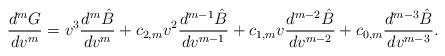
LaTeX: \begin{align*} \frac{d^mG}{dv^m}=v^3\frac{d^m\hat{B}}{dv^m}+c_{2,m}v^2\frac{d^{m-1}\hat{B}}{dv^{m-1}}+c_{1,m}v\frac{d^{m-2}\hat{B}}{dv^{m-2}}+c_{0,m}\frac{d^{m-3}\hat{B}}{dv^{m-3}}.\end{align*}